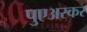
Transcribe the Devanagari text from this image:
पुएअस्कर